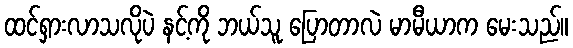
ထင်ရှားလာသလိုပဲ နင့်ကို ဘယ်သူ ပြောတာလဲ မာမီယာက မေးသည်။